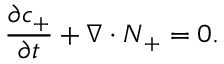
\frac { \partial c _ { + } } { \partial t } + \nabla \cdot \boldsymbol { N } _ { + } = 0 .